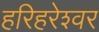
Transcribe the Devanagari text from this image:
हरिहरेश्‍वर